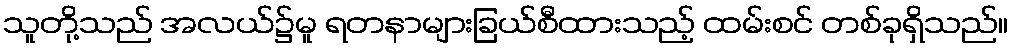
သူတို့သည် အလယ်၌မူ ရတနာများခြယ်စီထားသည့် ထမ်းစင် တစ်ခုရှိသည်။